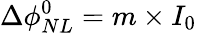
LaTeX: \Delta\phi_{NL}^{0}=m\times I_{0}